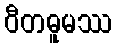
ဝီတဓူမဿ